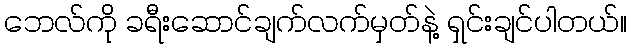
ဘေလ်ကို ခရီးဆောင်ချက်လက်မှတ်နဲ့ ရှင်းချင်ပါတယ်။